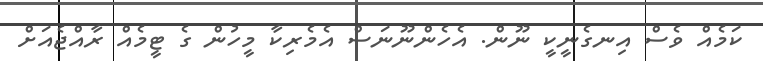
ކަމެއް ވެސް އިނގެނީކީ ނޫން. އެހެންނޫނަސް އެމެރިކާ މީހުން ގެ ޓީމެއް ރާއްޖެއަށް